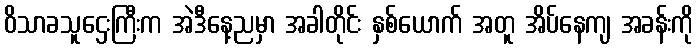
ဝိသာခသူဌေးကြီးက အဲဒီနေ့ညမှာ အခါတိုင်း နှစ်ယောက် အတူ အိပ်နေကျ အခန်းကို